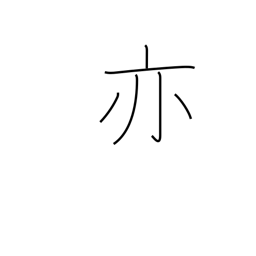
Meaning: again